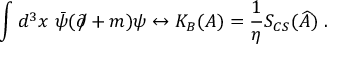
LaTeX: \int d ^ { 3 } x ~ \bar { \psi } ( \partial \! \! \! / + m ) \psi \leftrightarrow K _ { B } ( A ) = \frac 1 \eta S _ { C S } ( \widehat { A } ) \; .